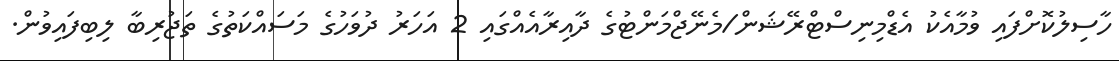
ހާސިލުކޮށްފައި ވުމާއެކު އެޑްމިނިސްޓްރޭޝަން/މެނޭޖްމަންޓުގެ ދާއިރާއެއްގައި 2 އަހަރު ދުވަހުގެ މަސައްކަތުގެ ތަޖުރިބާ ލިބިފައިވުން.